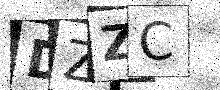
Text: DZZC